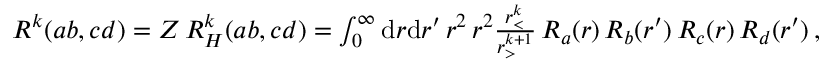
\begin{array} { r } { R ^ { k } ( a b , c d ) = Z \, R _ { H } ^ { k } ( a b , c d ) = \int _ { 0 } ^ { \infty } \mathrm { d } r \mathrm { d } r ^ { \prime } \, r ^ { 2 } \, r ^ { 2 } \frac { r _ { < } ^ { k } } { r _ { > } ^ { k + 1 } } \, R _ { a } ( r ) \, R _ { b } ( r ^ { \prime } ) \, R _ { c } ( r ) \, R _ { d } ( r ^ { \prime } ) \, , } \end{array}